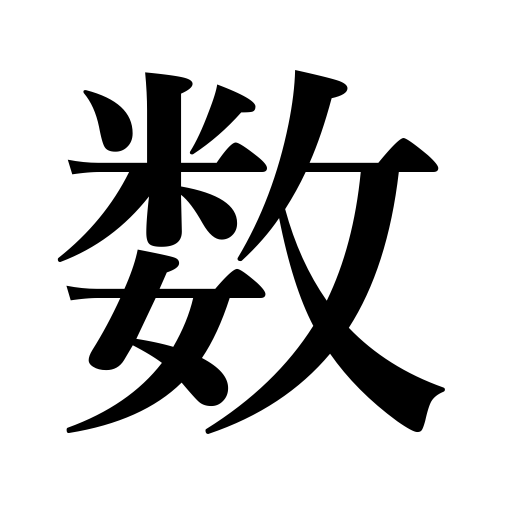
Meanings: strength,numbers,count,enumerate,numerical,number,fate,figures,calculate,figure,law